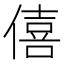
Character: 僖